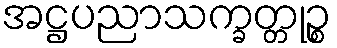
အဋ္ဌပညာသက္ခတ္တုဉ္စ